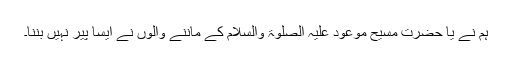
ہم نے یا حضرت مسیح موعود علیہ الصلوۃ والسلام کے ماننے والوں نے ایسا پیر نہیں بننا۔